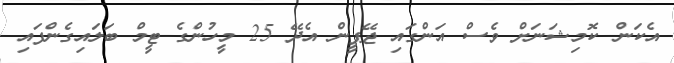
އެކަން ކޮމިޝަނަށް ވެސް އަންގައި ޖޭޕީން އެދޭ 25 މީހުންގެ ޓީމް ބަލައިގެންފައި